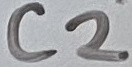
Text: C2